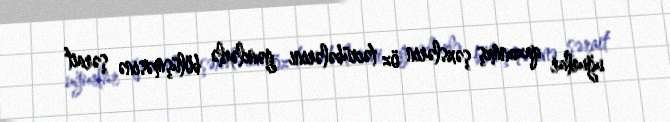
uğurlar qazanmış şəxslərin öz təcrübələrini gənclərlə bölüşməsinə şərait